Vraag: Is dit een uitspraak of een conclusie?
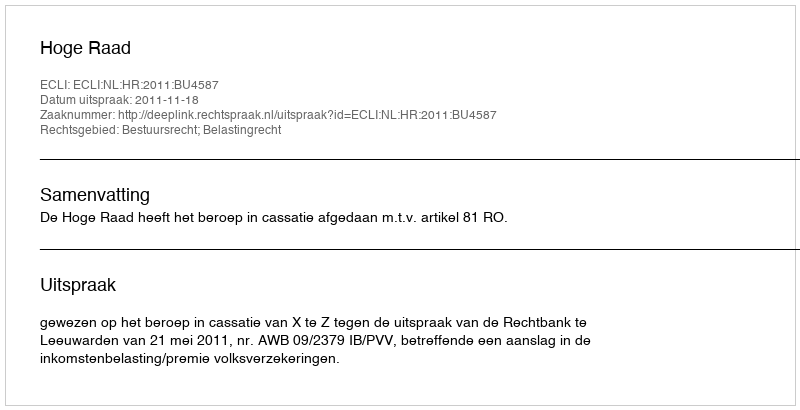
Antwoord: Uitspraak